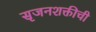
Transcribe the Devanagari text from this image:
सृजनशक्तीची